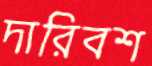
দারিবশ